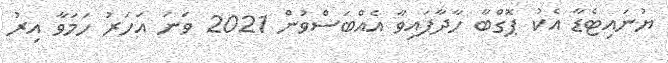
ޔުނައިޓެޑާ އެކު ޕޮގްބާ ހާދާފައިވާ އެއްބަސްވުން 2021 ވަނަ އަހަރު ހަމަވާ އިރު